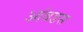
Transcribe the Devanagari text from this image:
आंबडस